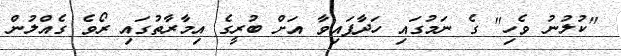
"ކުލުނު ވެހި" ގެ ނަމުގައި ހަދާފައިވާ އަށް ބުރީގެ އިމާރާތުގައި ރޯވެ ގެއްލުން